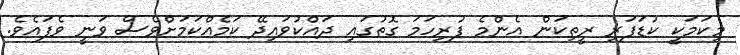
މިކަމަކީ ކުޑަފަރި ރީތިކަން އެންމެ ފުރިހަމަ ގޮތުގައި ދައްކުވައިދޭ ކަމެއްކަމަށްވެސް ވަނީ ވެފައެވެ.